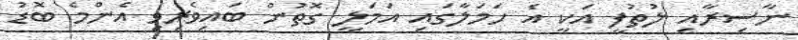
ނާސިރާއި ލުތުފީ އަކީ އެ ހަމަލާގައި އަމަލީ ގޮތުން ބައިވެރިވި އެންމެ ބޮޑު